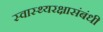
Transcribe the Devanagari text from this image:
स्वास्थ्यरक्षासंबंधी